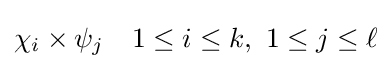
\chi _{i}\times \psi _{j}\quad 1\leq i\leq k,\,\,1\leq j\leq \ell